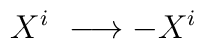
X^i ~ \longrightarrow -X^i